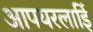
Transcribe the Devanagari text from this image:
आपयरलाईि